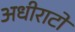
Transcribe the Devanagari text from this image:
अधीराटों